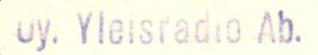
Oy. Yleisradio Ab.